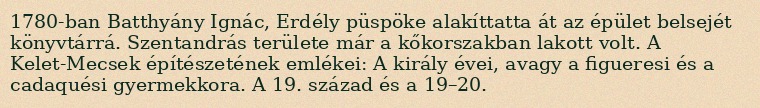
1780-ban Batthyány Ignác, Erdély püspöke alakíttatta át az épület belsejét könyvtárrá. Szentandrás területe már a kőkorszakban lakott volt. A Kelet-Mecsek építészetének emlékei: A király évei, avagy a figueresi és a cadaquési gyermekkora. A 19. század és a 19–20.